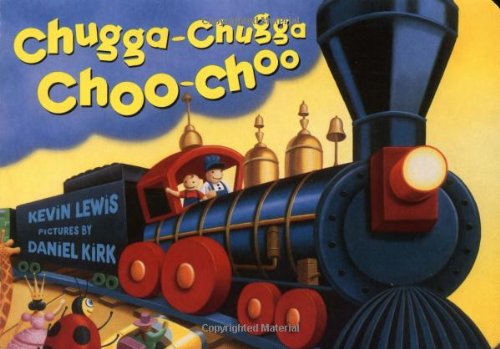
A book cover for Chugga-Chugga Choo-Choo; Kevin Lewis; Children's Books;